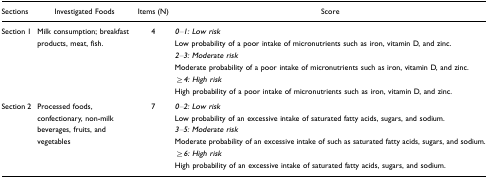
<table><thead><tr><td><b>Sections</b></td><td><b>Investigated Foods</b></td><td><b>Items (N)</b></td><td><b>Score</b></td></tr></thead><tbody><tr><td>Section 1</td><td>Milk consumption; breakfast products, meat, fish.</td><td>4</td><td><i>0–1: Low risk</i>Low probability of a poor intake of micronutrients such as iron, vitamin D, and zinc.<i>2–3: Moderate risk</i>Moderate probability of a poor intake of micronutrients such as iron, vitamin D, and zinc.≥<i>4: High risk</i>High probability of a poor intake of micronutrients such as iron, vitamin D, and zinc.</td></tr><tr><td>Section 2</td><td>Processed foods, confectionary, non-milk beverages, fruits, and vegetables</td><td>7</td><td><i>0–2: Low risk</i>Low probability of an excessive intake of saturated fatty acids, sugars, and sodium.<i>3–5: Moderate risk</i>Moderate probability of an excessive intake of such as saturated fatty acids, sugars, and sodium.≥<i>6: High risk</i>High probability of an excessive intake of saturated fatty acids, sugars, and sodium.</td></tr></tbody></table>